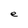
Character: e